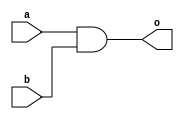
`timescale 1ns/1ps
module nand_and_1(
    input a,
    input b,
    output o
    );

wire w;
nand(w, a, b);
nand(o, w, w);

endmodule

module nand_or_1(
    input a,
    input b,
    output o
    );

wire w0, w1;
nand(w0, a, a);
nand(w1, b, b);
nand(o, w0, w1);

endmodule

module nand_not(
    input i,
    output o
    );

nand(o, i, i);

endmodule

module nand_xor_1(
    input a,
    input b,
    output o
    );

wire not_a, not_b, w0, w1;
nand_not g0(a, not_a);
nand_not g1(b, not_b);
nand_and_1 g2(a, not_b, w0);
nand_and_1 g3(b, not_a, w1);
nand_or_1 g4(w0, w1, o);

endmodule

module getpgs(a, b, cin, p, g, s);
input a, b, cin;
output p, g, s;
wire w;

nand_xor_1 r0(a, b, w);
nand_xor_1 r1(w, cin, s);

nand_and_1 r2(a, b, g);
nand_or_1 r3(a, b, p);

endmodule

module CLA_4bit(p, g, cin, cout, pg, gg);
input [3:0] p, g;
input cin;
output [2:0] cout;
output pg, gg;

wire[8:0] w;
wire[6:0] t;

nand_and_1 y4(p[0], cin, w[0]);
nand_or_1 y5(g[0], w[0], cout[0]);

nand_and_1 y6(p[1], w[0], w[1]);
nand_and_1 y7(p[1], g[0], w[2]);
nand_or_1 y8(w[1], w[2], t[0]);
nand_or_1 y9(g[1], t[0], cout[1]);

nand_and_1 y10(p[2], w[1], w[3]);
nand_and_1 y11(p[2], w[2], w[4]);
nand_and_1 y12(p[2], g[1], w[5]);
nand_or_1 y13(w[3], w[4], t[1]);
nand_or_1 y14(w[5], t[1], t[2]);
nand_or_1 y15(t[2], g[2], cout[2]);

nand_and_1 y16(p[3], w[4], w[6]);
nand_and_1 y17(p[3], w[5], w[7]);
nand_and_1 y18(g[2],p[3], w[8]);
nand_or_1 y19(w[6], w[7], t[3]);
nand_or_1 y20(w[8], t[3], t[4]);
nand_or_1 y21(g[3], t[4], gg);

nand_and_1 y22(p[3], p[2], t[5]);
nand_and_1 y23(p[1], t[5], t[6]);
nand_and_1 y24(p[0], t[6], pg);

endmodule

module CLA_2bit (pg, gg, c0, c4, c8);
input [1:0] pg, gg;
input c0;
output c4, c8;

wire [2:0] w;

nand_and_1 a1(pg[0], c0, w[0]);
nand_or_1 a2(w[0], gg[0], c4);

nand_or_1 a3(w[0], gg[0], w[1]);
nand_and_1 a4(pg[1], w[1], w[2]);
nand_or_1 a5(w[2], gg[1], c8);

endmodule

module Carry_Look_Ahead_Adder_8bit(a, b, c0, s, c8);
input [8-1:0] a, b;
input c0;
output [8-1:0] s;
output c8;

wire [7:0] p, g;
wire [7:1] cout;
wire [1:0] pg, gg;

getpgs g0(a[0], b[0], c0, p[0], g[0], s[0]);
getpgs g1(a[1], b[1], cout[1], p[1], g[1], s[1]);
getpgs g2(a[2], b[2], cout[2], p[2], g[2], s[2]);
getpgs g3(a[3], b[3], cout[3], p[3], g[3], s[3]);
getpgs g4(a[4], b[4], cout[4], p[4], g[4], s[4]);
getpgs g5(a[5], b[5], cout[5], p[5], g[5], s[5]);
getpgs g6(a[6], b[6], cout[6], p[6], g[6], s[6]);
getpgs g7(a[7], b[7], cout[7], p[7], g[7], s[7]);

CLA_4bit c1(p[3:0], g[3:0], c0, cout[3:1], pg[0], gg[0]);
CLA_4bit c2(p[7:4], g[7:4], cout[4], cout[7:5], pg[1], gg[1]);
CLA_2bit c3(pg, gg, c0, cout[4], c8);
endmodule